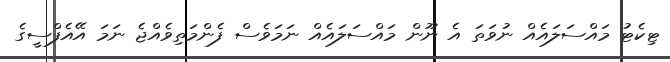
ޓިކެޓު މައްސަލައެއް ނުވަތަ އެ ނޫން މައްސަލައެއް ނަމަވެސް ފެންމަތިވެއްޖެ ނަމަ އޭއެފްސީގެ